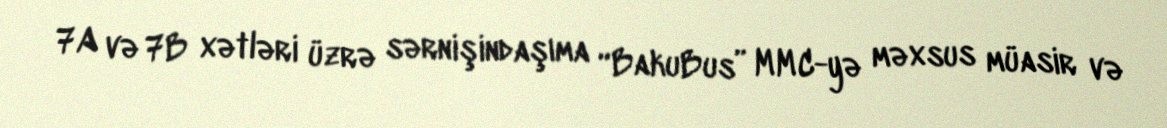
7A və 7B xətləri üzrə sərnişindaşıma “BakuBus” MMC-yə məxsus müasir və